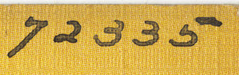
72335